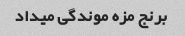
برنج مزه موندگی میداد